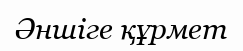
Әншіге құрмет